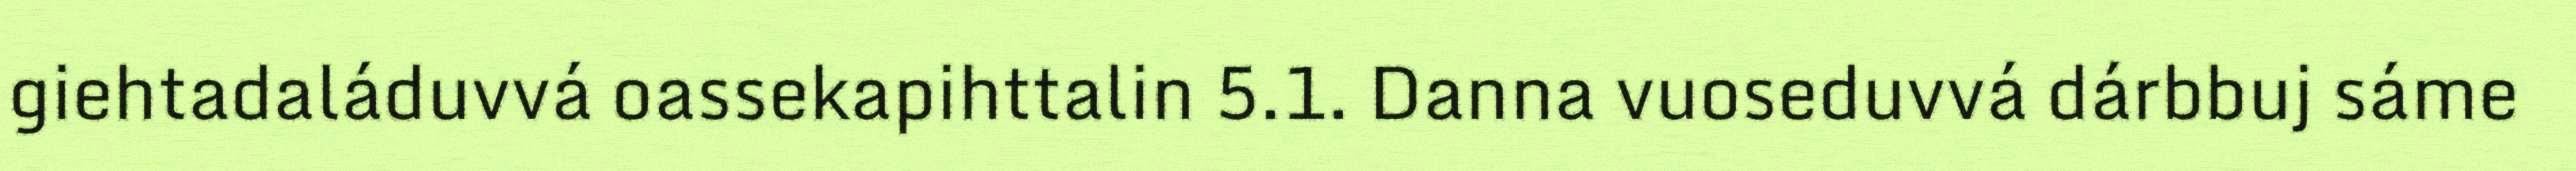
giehtadaláduvvá oassekapihttalin 5.1. Danna vuoseduvvá dárbbuj sáme